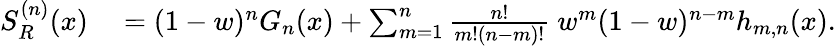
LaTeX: \begin{array}{rl}{S_{R}^{(n)}(x)}&{{}=(1-w)^{n}G_{n}(x)+\sum_{m=1}^{n}\frac{n!}{m!(n-m)!}\ w^{m}(1-w)^{n-m}h_{m,n}(x).}\end{array}